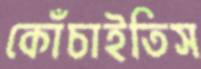
কোঁচাইতিস